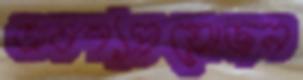
অবশ্যপ্রয়োজন